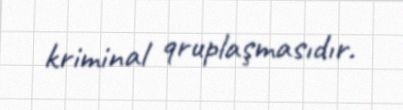
kriminal qruplaşmasıdır.